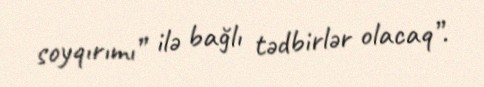
soyqırımı” ilə bağlı tədbirlər olacaq”.